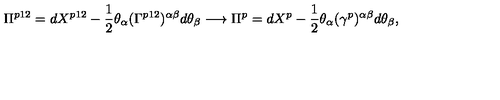
\Pi ^ { p 1 2 } = d X ^ { p 1 2 } - \frac { 1 } { 2 } \theta _ { \alpha } ( \Gamma ^ { p 1 2 } ) ^ { \alpha \beta } d \theta _ { \beta } \longrightarrow \Pi ^ { p } = d X ^ { p } - \frac { 1 } { 2 } \theta _ { \alpha } ( \gamma ^ { p } ) ^ { \alpha \beta } d \theta _ { \beta } ,